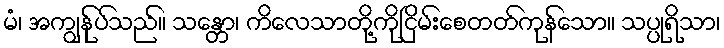
မံ၊ အကျွန်ုပ်သည်။ သန္တော၊ ကိလေသာတို့ကိုငြိမ်းစေတတ်ကုန်သော။ သပ္ပုရိသာ၊